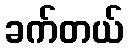
ခက်တယ်